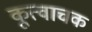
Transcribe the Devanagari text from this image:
कूत्वाचक